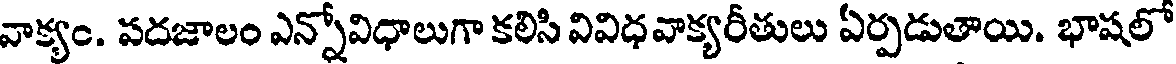
వాక్యం. పదజాలం ఎన్నోవిధాలుగా కలిసి వివిధవాక్యరీతులు ఏర్పడుతాయి. భాషలో